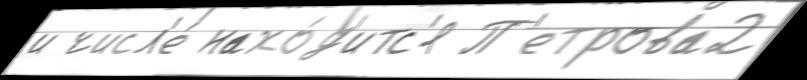
и числ'е́ нахо́д'итс'я П'етрова2